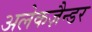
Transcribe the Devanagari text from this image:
अलेकज़ैन्डर